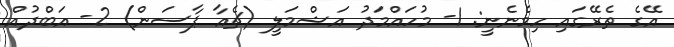
އޭގެ ތެރޭގައި ހިމެނެނީ: 1- މުހައްމަދު އަޝްމަލީ (ޗެއާ ޕާސަން) 2- އަބްދުއް